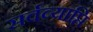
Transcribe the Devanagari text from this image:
सर्वव्याप्ति